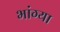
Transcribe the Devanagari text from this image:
भांग्या